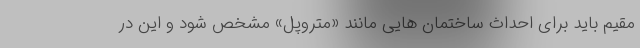
مقیم باید برای احداث ساختمان هایی مانند «متروپل» مشخص شود و این در